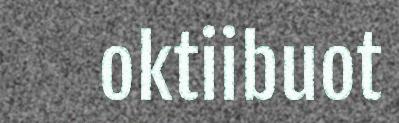
oktiibuot